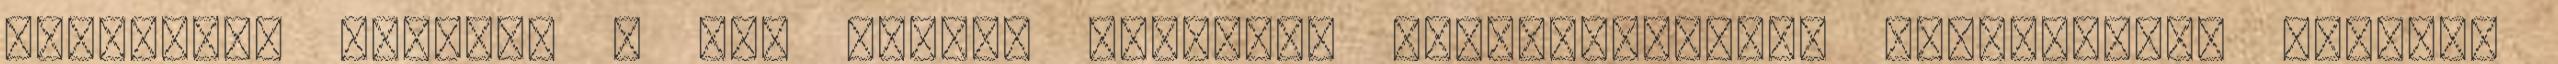
influenza törzset , kb. másfél milliárd szarvasmarhát, egymilliárd sertést